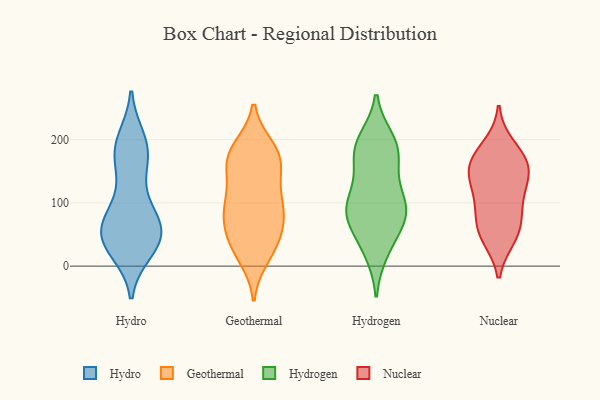
{"axis": {"x": "Shipments", "y": "Value"}, "legend": ["Geothermal", "Hydro", "Hydrogen", "Nuclear"], "data": [{"x": "", "y": 94, "type": "Hydro"}, {"x": "", "y": 33, "type": "Hydro"}, {"x": "", "y": 168, "type": "Hydro"}, {"x": "", "y": 99, "type": "Hydro"}, {"x": "", "y": 25, "type": "Hydro"}, {"x": "", "y": 64, "type": "Hydro"}, {"x": "", "y": 34, "type": "Hydro"}, {"x": "", "y": 57, "type": "Hydro"}, {"x": "", "y": 200, "type": "Hydro"}, {"x": "", "y": 65, "type": "Hydro"}, {"x": "", "y": 52, "type": "Hydro"}, {"x": "", "y": 154, "type": "Hydro"}, {"x": "", "y": 38, "type": "Hydro"}, {"x": "", "y": 65, "type": "Hydro"}, {"x": "", "y": 180, "type": "Hydro"}, {"x": "", "y": 45, "type": "Hydro"}, {"x": "", "y": 182, "type": "Hydro"}, {"x": "", "y": 198, "type": "Hydro"}, {"x": "", "y": 60, "type": "Geothermal"}, {"x": "", "y": 96, "type": "Geothermal"}, {"x": "", "y": 90, "type": "Geothermal"}, {"x": "", "y": 174, "type": "Geothermal"}, {"x": "", "y": 186, "type": "Geothermal"}, {"x": "", "y": 177, "type": "Geothermal"}, {"x": "", "y": 180, "type": "Geothermal"}, {"x": "", "y": 24, "type": "Geothermal"}, {"x": "", "y": 38, "type": "Geothermal"}, {"x": "", "y": 38, "type": "Geothermal"}, {"x": "", "y": 163, "type": "Geothermal"}, {"x": "", "y": 141, "type": "Geothermal"}, {"x": "", "y": 15, "type": "Geothermal"}, {"x": "", "y": 158, "type": "Geothermal"}, {"x": "", "y": 92, "type": "Geothermal"}, {"x": "", "y": 66, "type": "Geothermal"}, {"x": "", "y": 88, "type": "Geothermal"}, {"x": "", "y": 112, "type": "Geothermal"}, {"x": "", "y": 66, "type": "Hydrogen"}, {"x": "", "y": 129, "type": "Hydrogen"}, {"x": "", "y": 83, "type": "Hydrogen"}, {"x": "", "y": 105, "type": "Hydrogen"}, {"x": "", "y": 189, "type": "Hydrogen"}, {"x": "", "y": 72, "type": "Hydrogen"}, {"x": "", "y": 200, "type": "Hydrogen"}, {"x": "", "y": 22, "type": "Hydrogen"}, {"x": "", "y": 167, "type": "Hydrogen"}, {"x": "", "y": 173, "type": "Hydrogen"}, {"x": "", "y": 28, "type": "Hydrogen"}, {"x": "", "y": 200, "type": "Hydrogen"}, {"x": "", "y": 175, "type": "Hydrogen"}, {"x": "", "y": 99, "type": "Hydrogen"}, {"x": "", "y": 101, "type": "Hydrogen"}, {"x": "", "y": 90, "type": "Hydrogen"}, {"x": "", "y": 70, "type": "Hydrogen"}, {"x": "", "y": 165, "type": "Nuclear"}, {"x": "", "y": 138, "type": "Nuclear"}, {"x": "", "y": 157, "type": "Nuclear"}, {"x": "", "y": 189, "type": "Nuclear"}, {"x": "", "y": 150, "type": "Nuclear"}, {"x": "", "y": 61, "type": "Nuclear"}, {"x": "", "y": 50, "type": "Nuclear"}, {"x": "", "y": 113, "type": "Nuclear"}, {"x": "", "y": 106, "type": "Nuclear"}, {"x": "", "y": 46, "type": "Nuclear"}, {"x": "", "y": 80, "type": "Nuclear"}, {"x": "", "y": 167, "type": "Nuclear"}]}